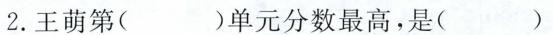
2.王萌第（）单元分数最高，是（）